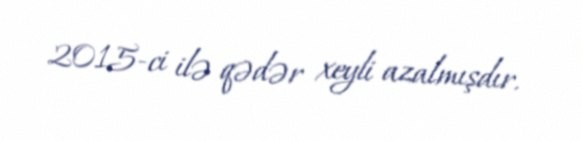
2015-ci ilə qədər xeyli azalmışdır.